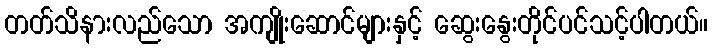
တတ်သိနားလည်သော အကျိုးဆောင်များနှင့် ဆွေးနွေးတိုင်ပင်သင့်ပါတယ်။